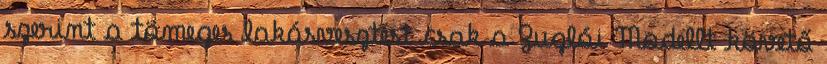
szerint a tömeges lakásvesztést csak a Zuglói Modellt követő